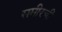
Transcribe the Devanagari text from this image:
समीरची